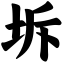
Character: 坼